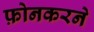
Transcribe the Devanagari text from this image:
फ़ोनकरने